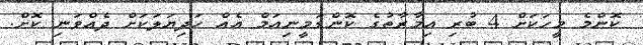
ކޮންމެ މީހަކަށް 4 ބުރި އިމާރާތުގެ ކޮންޑަމީނިއަމް އެއް ހަދިޔަލަކަށް ދެއްވަނި ކޮށް.